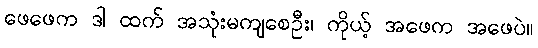
ဖေဖေက ဒါ ထက် အသုံးမကျစေဦး၊ ကိုယ့် အဖေက အဖေပဲ။